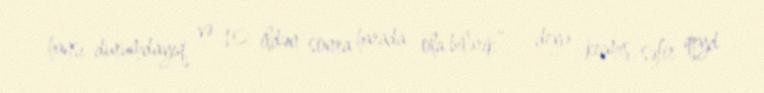
hansı durumdayıq və 10 ildən sonra harada ola bilərik”, - deyə keçmiş səfir qeyd